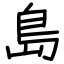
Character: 島